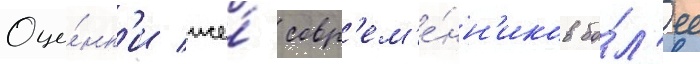
Оце́нк'и же́ совр'ем'е́нн'иков бо́л'ее